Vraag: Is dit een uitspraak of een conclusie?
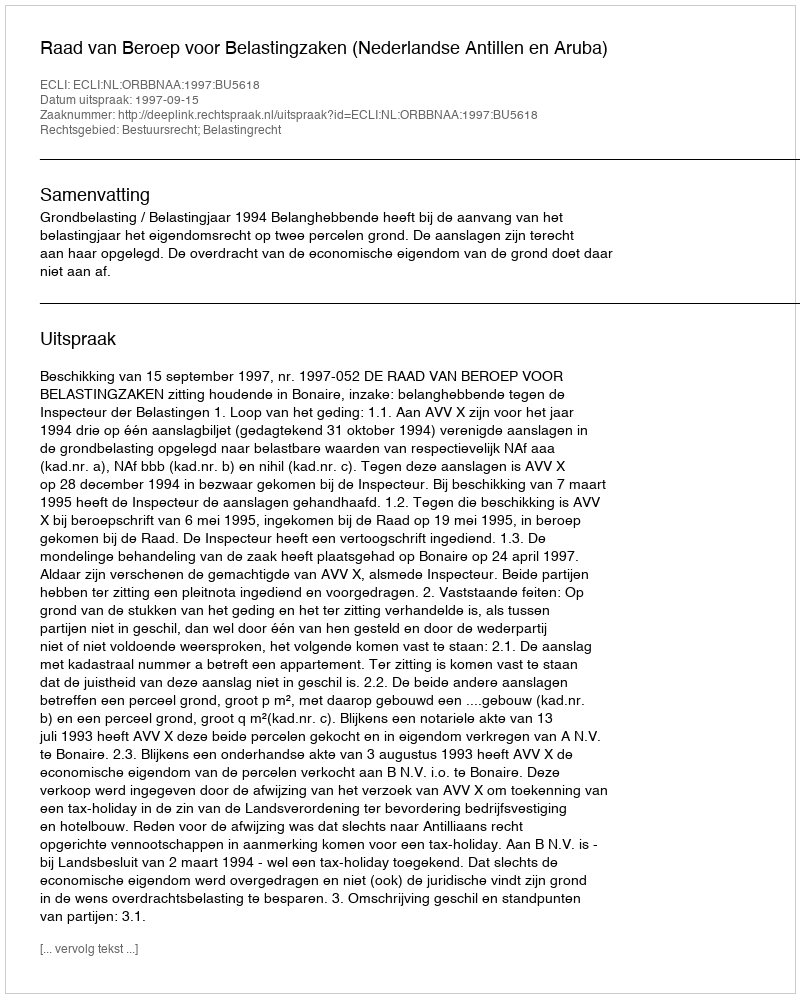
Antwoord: Uitspraak